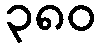
၃၈၀